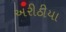
અરીઠીયા